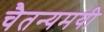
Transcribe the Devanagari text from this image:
चैतन्यमयी